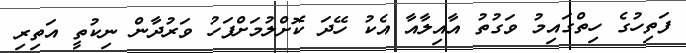
ފަތިހުގެ ހިތްގައިމު ވަގުތު އާއިލާއާ އެކު ހޭދަ ކޮށްލުމަށްފަހު ވަރުދާން ނިކުތީ އަތިރި